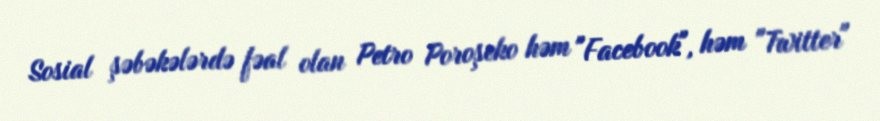
Sosial şəbəkələrdə fəal olan Petro Poroşeko həm "Facebook", həm "Twitter"